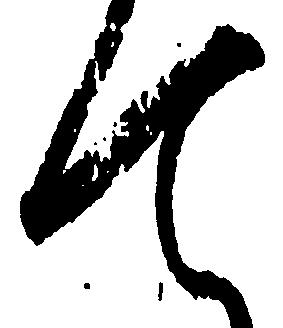
て